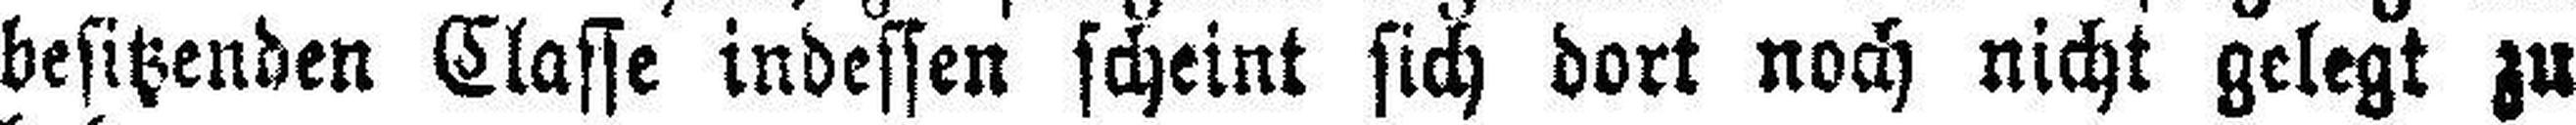
besitzenden Classe indessen scheint sich dort noch nicht gelegt zu